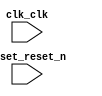

module main (
	reset_reset_n,
	clk_clk);	

	input		reset_reset_n;
	input		clk_clk;
endmodule